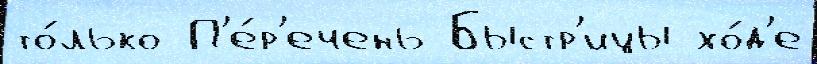
то́лько П'е́р'ечень Быстр'ицы хо́д'е